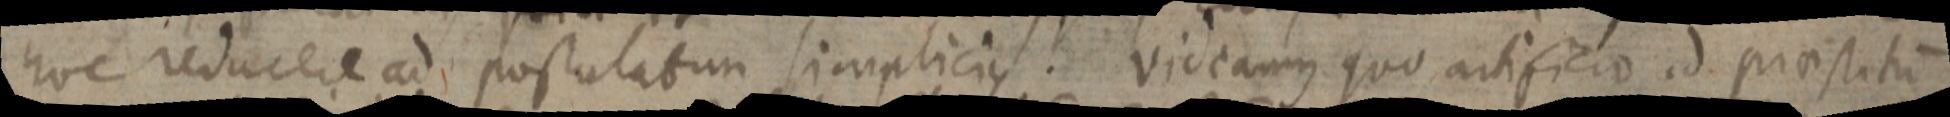
hoc reducere ad postulatum simplicius. Videamus quo artificio id praestitum